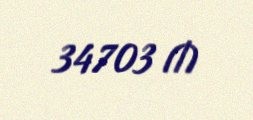
34703 ₼